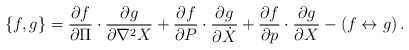
\begin{align*}\{ f , g \} = {\partial f \over \partial \Pi } \cdot{\partial g \over \partial \nabla^2 X } +{\partial f \over \partial P }\cdot {\partial g \over \partial \dot{X} }+ {\partial f \over \partial p } \cdot{\partial g \over \partial X } - ( f\leftrightarrow g )\,.\end{align*}